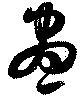
晝